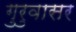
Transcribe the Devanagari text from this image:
गुरुवासर